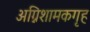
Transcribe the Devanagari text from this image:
अग्निशामकगृह